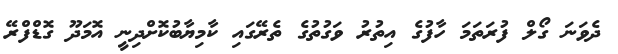
ދެވަނަ ގޯލް ފުރަތަމަ ހާފުގެ އިތުރު ވަގުތުގެ ތެރޭގައި ކާމިޔާބުކޮށްދިނީ އޮމަދޫ ގޮޑްފްރޭ